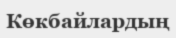
Көкбайлардың